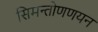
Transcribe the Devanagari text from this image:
सिमन्तोणणयन